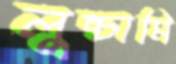
লুচ্চামি